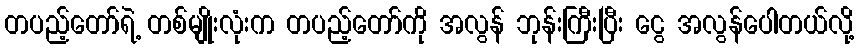
တပည့်တော်ရဲ့ တစ်မျိုးလုံးက တပည့်တော်ကို အလွန် ဘုန်းကြီးပြီး ငွေ အလွန်ပေါတယ်လို့